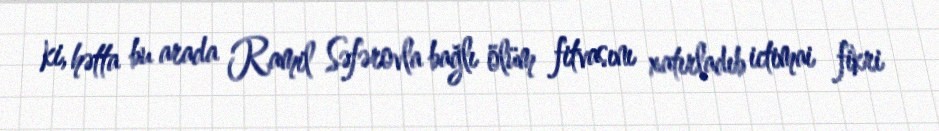
ki, hətta bu arada Ramil Səfərovla bağlı ölüm fitvasını xatırladıb ictimai fikri